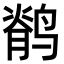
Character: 鹡